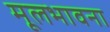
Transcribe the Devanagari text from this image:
मूलभावना